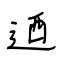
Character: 迺